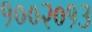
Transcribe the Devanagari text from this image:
१००२०१३